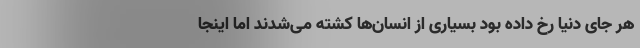
هر جای دنیا رخ داده بود بسیاری از انسان‌ها کشته می‌شدند اما اینجا